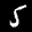
Label: 5